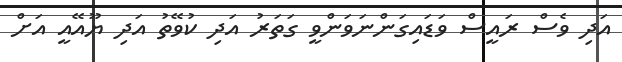
އަދި ވެސް ރައީސް ވަޑައިގަންނަވަންވީ ގަތަރު އަދި ކުވޭތު އަދި ޔޫއޭއީ އަށް